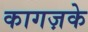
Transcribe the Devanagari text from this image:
कागज़के